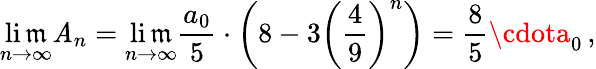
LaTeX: \operatorname*{li\mathfrak{m}}_{n\rightarrow\infty}\mathit{A}_{n}=\operatorname*{li\mathfrak{m}}_{n\rightarrow\infty}{\frac{{a_{0}}}{{5}}}\cdot\left(8-3\left({\frac{{4}}{{9}}}\right)^{n}\right)={\frac{{8}}{{5}}}\cdota_{0}\, ,